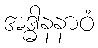
အဒ္ဓါနနာဝံ